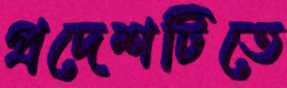
প্রদেশটিতে